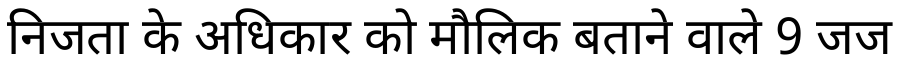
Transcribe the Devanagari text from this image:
निजता के अधिकार को मौलिक बताने वाले 9 जज